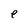
Character: e